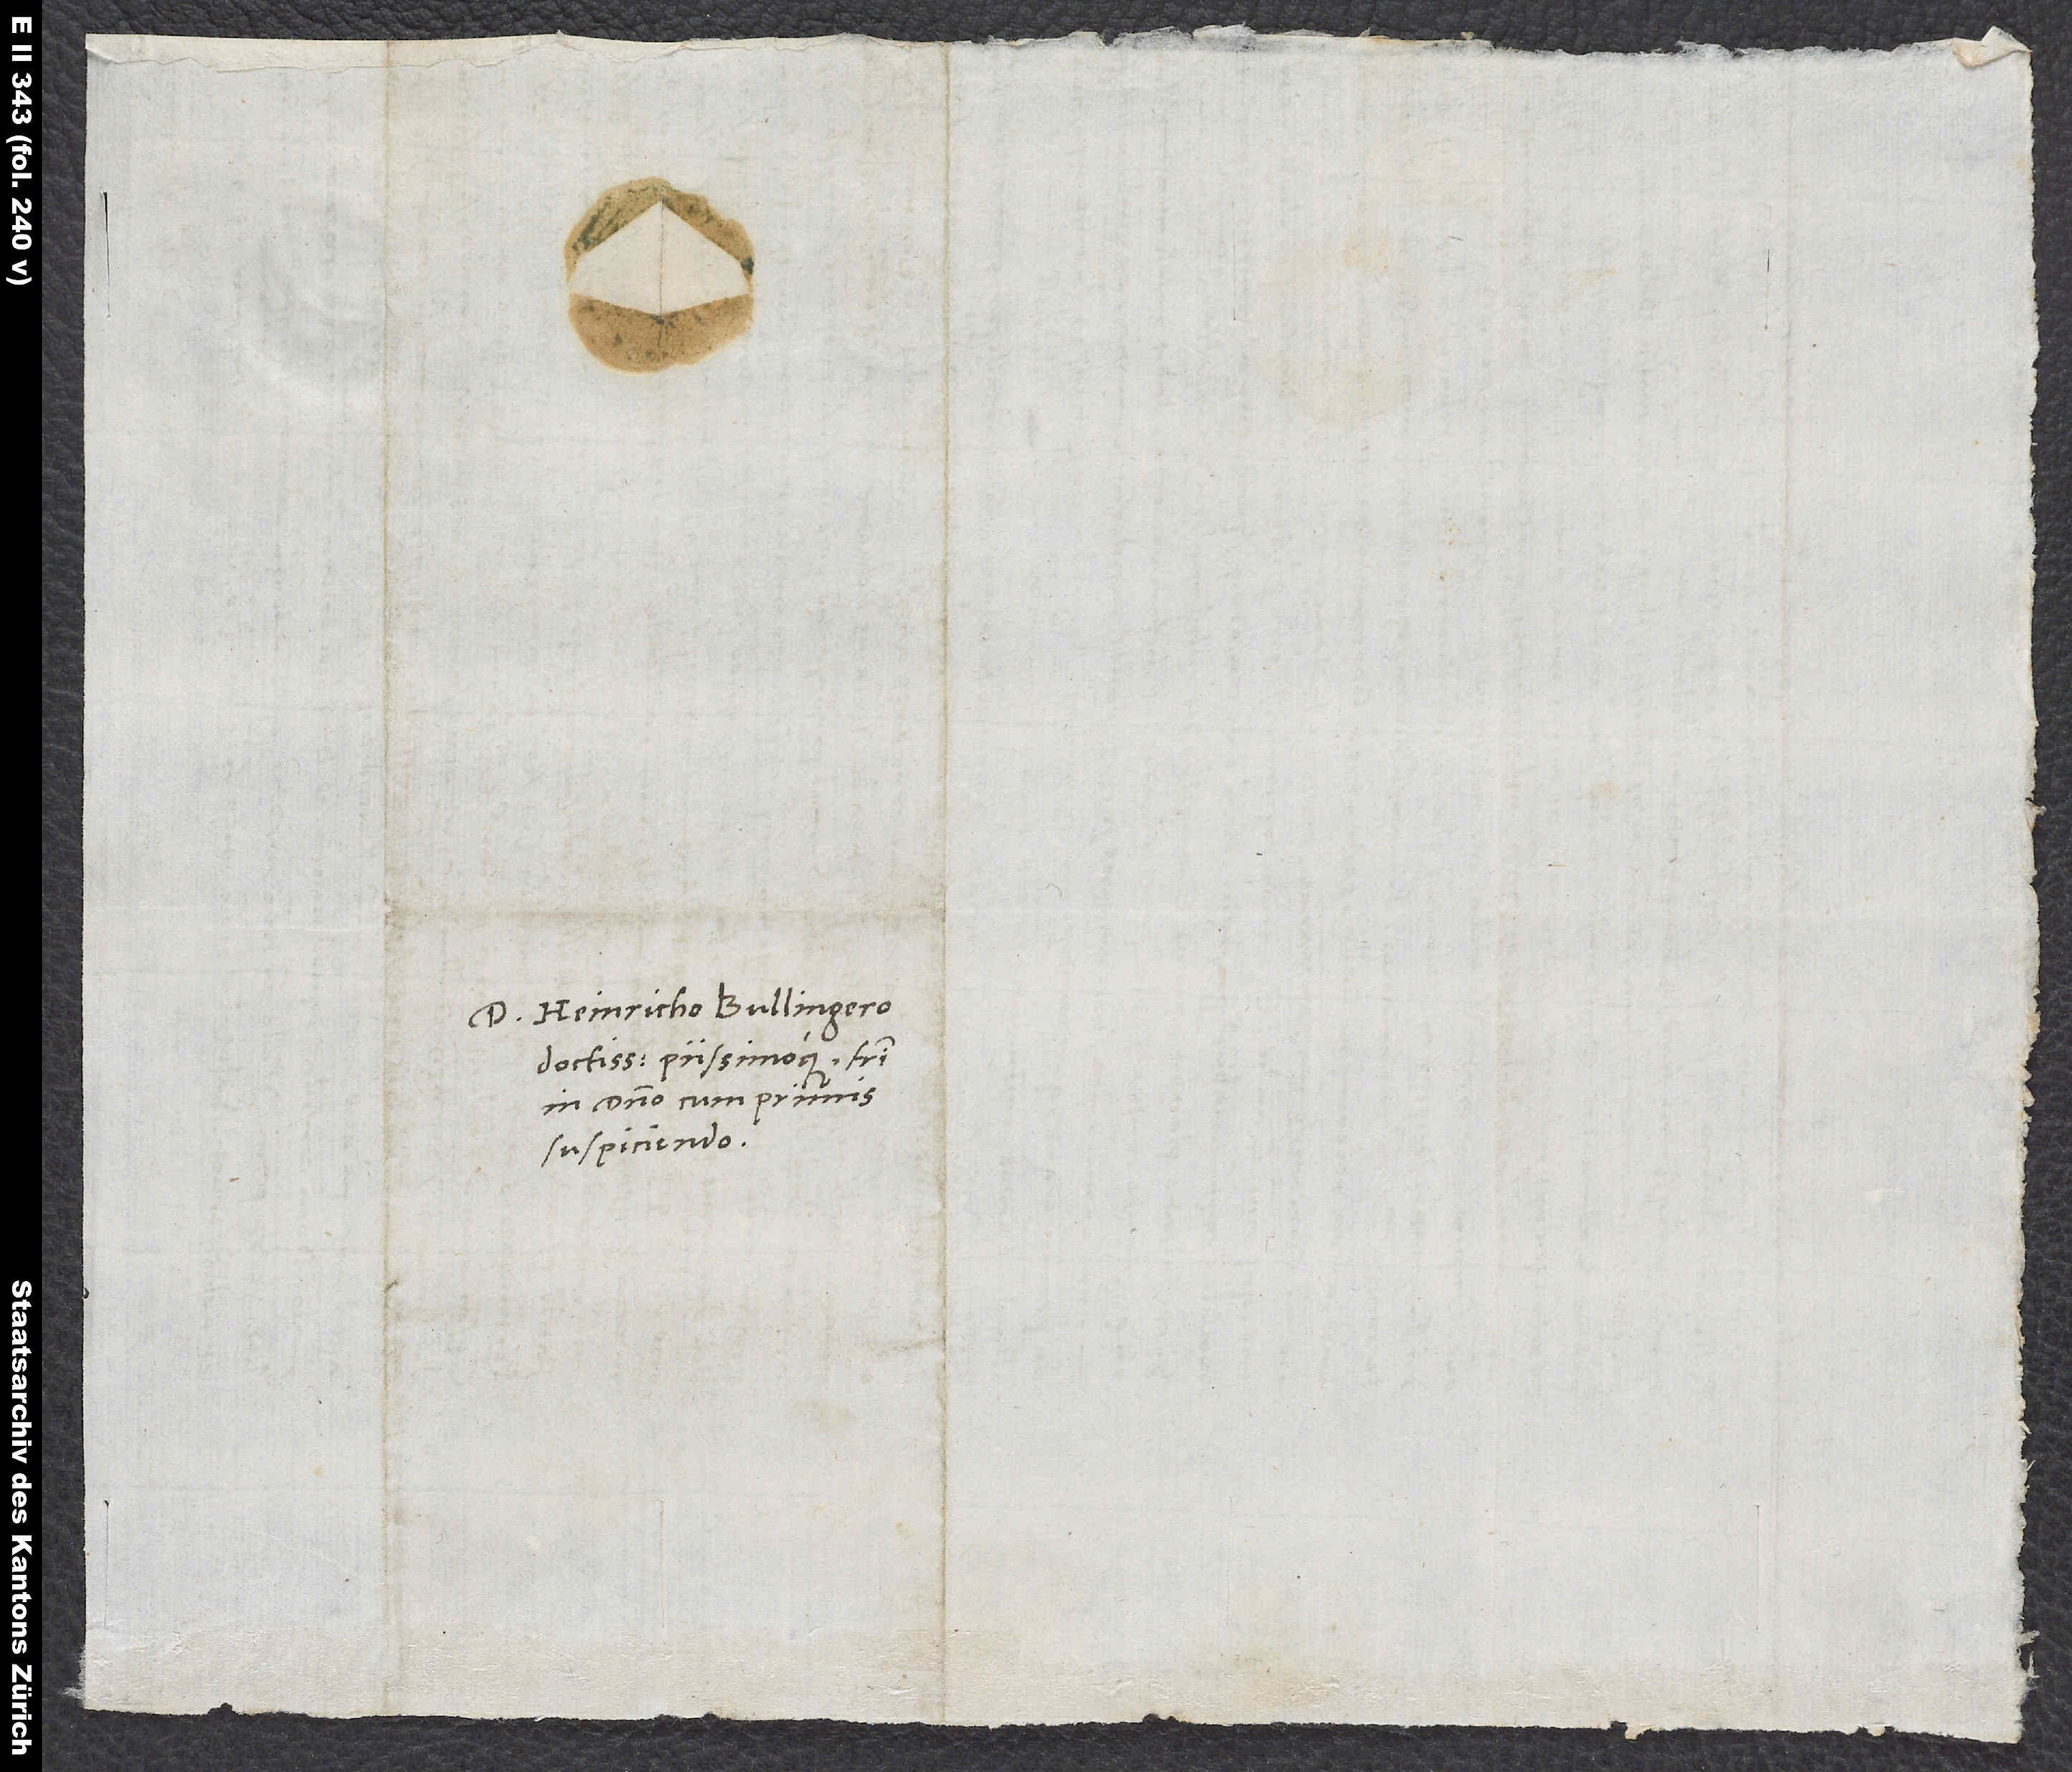
Domino Heinricho Bullingero
doctissimo piissimoque, fratri
in domino cum primis
suspiciendo.